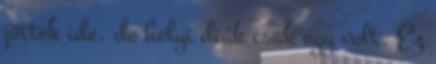
jöttek ide, de helyi diák csak egy volt. Ez